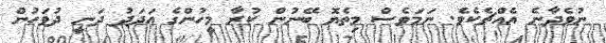
ނުވެދާނެ އެއްޗެކެވެ. ނަމަވެސް މިތެޔޮ ބޭނުން ކުރާ މީހުންގެ އަދަދު ދަނީ ދުވަހުން